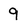
Character: 9